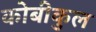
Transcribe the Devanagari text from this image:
कोबीकुल